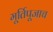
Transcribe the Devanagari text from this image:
मूर्तिपूजाच